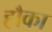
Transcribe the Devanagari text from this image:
हौका